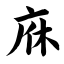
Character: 庥